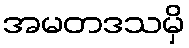
အမတဒသမှိ